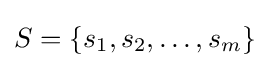
S=\{s_{1},s_{2},\dots ,s_{m}\}